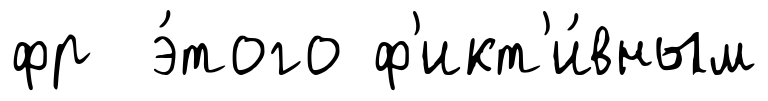
фр э́того ф'икт'и́вным